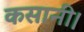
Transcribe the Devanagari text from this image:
कसानी।